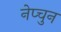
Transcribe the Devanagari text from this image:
नेप्चुन